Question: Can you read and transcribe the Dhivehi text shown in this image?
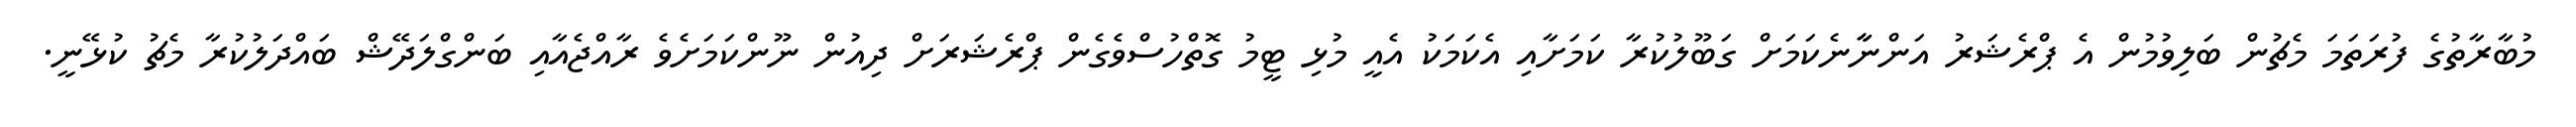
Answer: މުބާރާތުގެ ފުރަތަމަ މެޗުން ބަލިވުމުން އެ ޕްރެޝަރު އަންނާާނެކަމަށް ގަބޫލުކުރާ ކަމަށާއި އެކަމަކު އެއީ މުޅި ޓީމު ގޮތްހުސްވެގެން ޕްރެޝަރަށް ދިއުން ނޫންކަމަށެވެ ރާއްޖެއާއި ބަންގްލަދޭޝް ބައްދަލުކުރާ މެޗު ކުޅޭނީ.